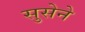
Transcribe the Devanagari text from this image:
सुसेने